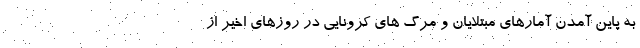
به پاین آمدن آمارهای مبتلایان و مرگ های کرونایی در روزهای اخیر از